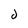
Character: j